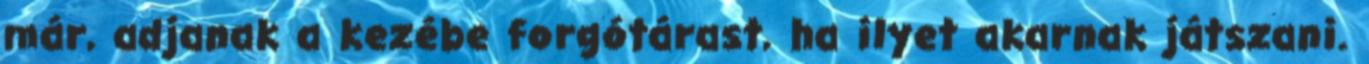
már, adjanak a kezébe forgótárast, ha ilyet akarnak játszani.